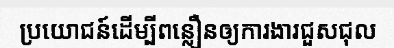
ប្រយោជន៍ដើម្បីពន្លឿនឲ្យការងារជួសជុល